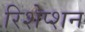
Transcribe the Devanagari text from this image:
रिशेप्शन